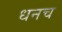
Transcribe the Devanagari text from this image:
धनच